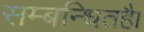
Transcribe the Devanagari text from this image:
सम्बन्धितहै।